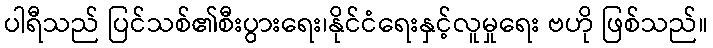
ပါရီသည် ပြင်သစ်၏စီးပွားရေး၊နိုင်ငံရေးနှင့်လူမှုရေး ဗဟို ဖြစ်သည်။